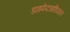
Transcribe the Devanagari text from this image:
डाइपेप्टाइडियल